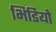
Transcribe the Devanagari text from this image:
भिडियो